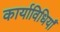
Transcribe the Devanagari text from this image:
कार्याविधियाँ